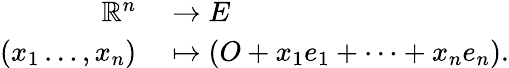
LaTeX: \begin{array}{rl}{\mathbb{R}^{n}}&{{}\to E}\\ {(x_{1}\dots,x_{n})}&{{}\mapsto\left(O+x_{1}e_{1}+\dots+x_{n}e_{n}\right).}\end{array}